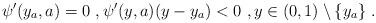
LaTeX: \begin{align*}\psi'(y_a,a)=0\ , \psi'(y,a) (y-y_a)<0\ , y\in (0,1)\setminus\{y_a\}\ . \end{align*}